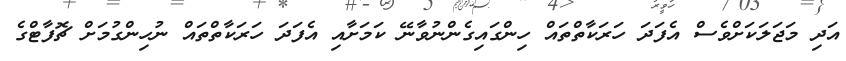
އަދި މަޖަލަކަށްވެސް އެފަދަ ހަރަކާތްތައް ހިންގައިގެންނުވާނޭ ކަމަށާއި އެފަދަ ހަރަކާތްތައް ނުހިންގުމަށް ޗޮފާޓްގެ